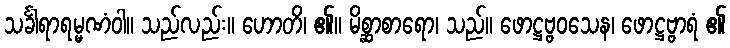
သင်္ခါရာရမ္မဏံဝါ။ သည်လည်း။ ဟောတိ၊ ၏။ မိစ္ဆာစာရော၊ သည်။ ဖောဋ္ဌဗ္ဗဝသေန၊ ဖောဋ္ဌဗ္ဗာရံ ၏